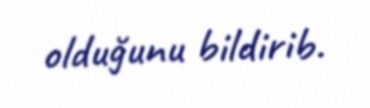
olduğunu bildirib.